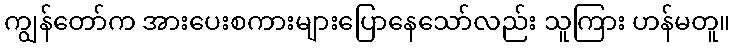
ကျွန်တော်က အားပေးစကားများပြောနေသော်လည်း သူကြား ဟန်မတူ။